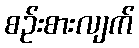
စဉ်းစားလျက်